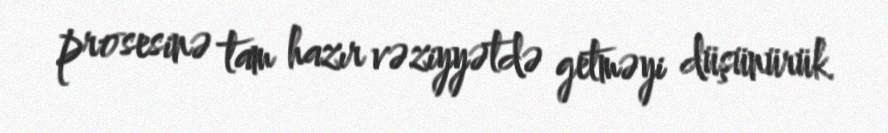
prosesinə tam hazır vəziyyətdə getməyi düşünürük.